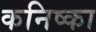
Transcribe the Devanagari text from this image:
कनिष्का